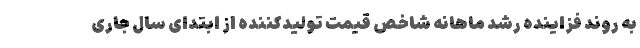
به روند فزاینده رشد ماهانه شاخص قیمت تولیدکننده از ابتدای سال جاری